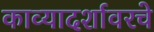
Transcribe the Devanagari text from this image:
काव्यादर्शावरचे